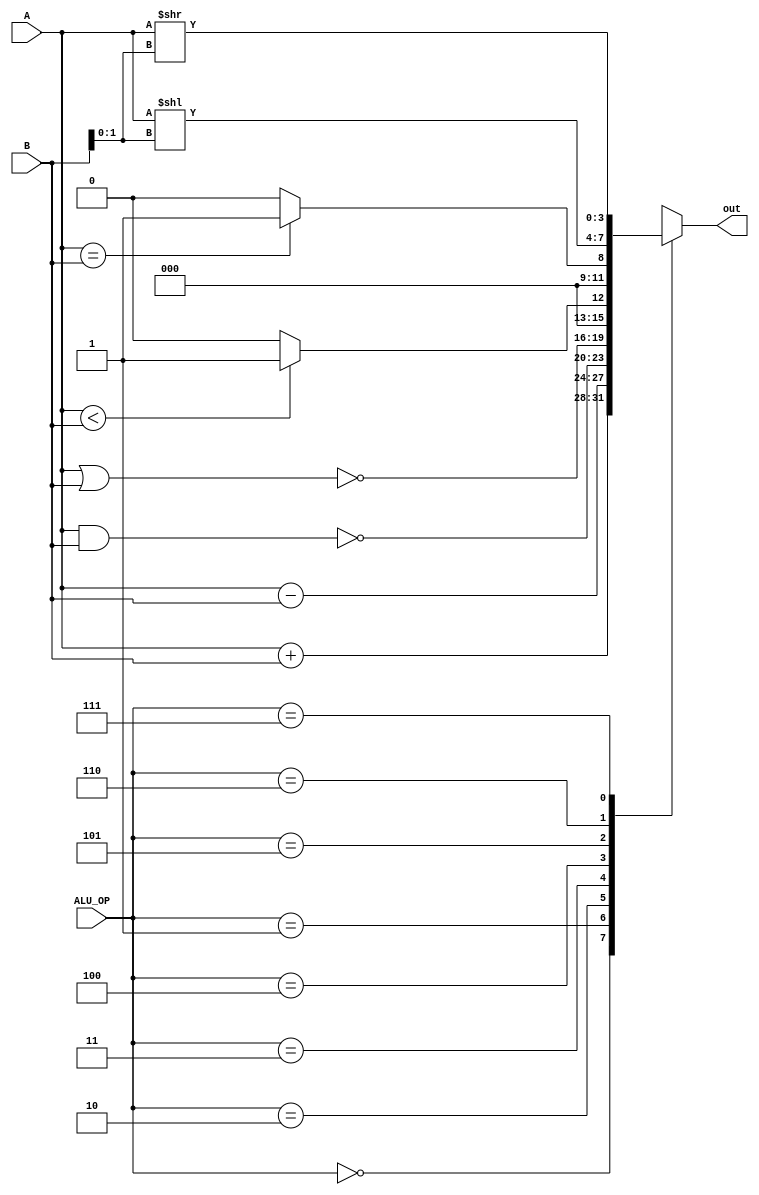
module ALU_Beh_dataflow (
    input [3:0] A,
    input [3:0] B,
    input [2:0] ALU_OP,
    output reg [3:0] out
);
always @(*) begin
    case (ALU_OP)
        3'b000: out = A + B;
        3'b001: out = A - B;
        3'b010: out = ~(A & B);
        3'b011: out = ~(A | B);
        3'b100: out =(A < B) ? 4'b1 : 4'b0; 3'b101: out = (A == B) ? 4'b1 : 4'b0; 3'b110: out = A << B[1:0];
3'b111: out = A >> B[1:0];
        default: out = 4'bxxxx;
    endcase
end
endmodule


module ALU_behavioral_tb();
reg[3:0]A,B;
reg[2:0]ALU_OP;
wire[3:0]out;
ALU_Beh_dataflow a1(A,B,ALU_OP,out);
initial
begin
    $dumpfile("ALU_dataflow_beh.vcd");
    $dumpvars(0,ALU_behavioral_tb);
    ALU_OP=3'b000;A=4'b1010;B=4'b0101;
    #10;
    ALU_OP=3'b001;A=4'b1010;B=4'b0101;
    #10;
    ALU_OP=3'b010;A=4'b1010;B=4'b0101;
    #10;
    ALU_OP=3'b011;A=4'b1010;B=4'b0101;
    #10;
    ALU_OP=3'b100;A=4'b1010;B=4'b0101;
    #10;
    ALU_OP=3'b101;A=4'b1010;B=4'b0101;
    #10;
    ALU_OP=3'b110;A=4'b1010;B=4'b0101;
    #10;
    ALU_OP=3'b111;A=4'b1010;B=4'b0101;
    #10;
end
initial begin
$monitor("ALU_OP = %b, A = %b, B = %b, out = %b",ALU_OP,A,B,out); end
endmodule